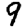
Digit: 9